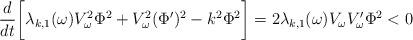
LaTeX: \begin{align*}\frac{d}{dt} \bigg[ \lambda_{k,1}(\omega) V_\omega^2 \Phi^2 + V_\omega^2 (\Phi')^2 - k^2 \Phi^2 \bigg] = 2 \lambda_{k,1}(\omega) V_\omega V_\omega' \Phi^2 < 0\end{align*}